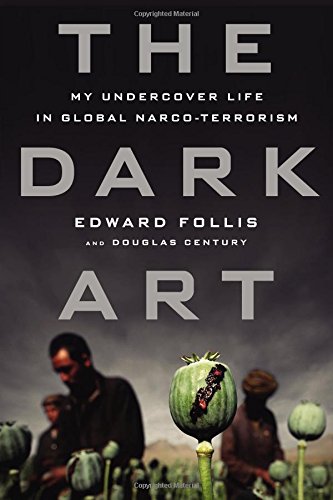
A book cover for The Dark Art: My Undercover Life in Global Narco-terrorism; Edward Follis; Biographies & Memoirs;